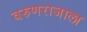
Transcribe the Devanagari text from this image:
वरुणराजाला